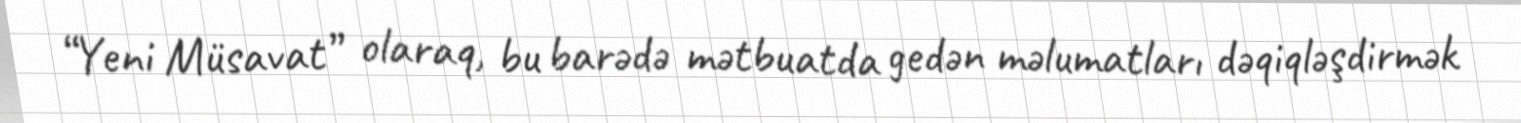
“Yeni Müsavat” olaraq, bu barədə mətbuatda gedən məlumatları dəqiqləşdirmək